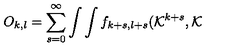
O _ { k , l } = \sum _ { s = 0 } ^ { \infty } \int \int f _ { k + s , l + s } ( { \cal K } ^ { k + s } , { \cal K }